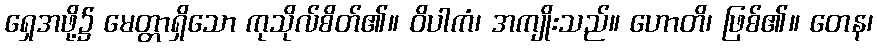
ရှေအဖို့၌ မေတ္တာရှိသော ကုသိုလ်စိတ်၏။ ဝိပါကံ၊ အကျိုးသည်။ ဟောတိ၊ ဖြစ်၏။ တေန၊